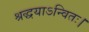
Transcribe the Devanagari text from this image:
श्रद्धयाऽन्वितः।